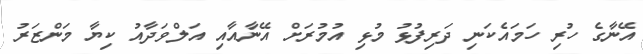
އޭނާގެ ހުރި ހަމައެކަނި ދަރިފުޅު މުޅި އުމުރަށް އޭނާއާއި އަލްވަދާއު ކިޔާ މަންޒަރު